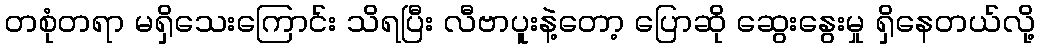
တစုံတရာ မရှိသေးကြောင်း သိရပြီး လီဗာပူးနဲ့တော့ ပြောဆို ဆွေးနွေးမှု ရှိနေတယ်လို့